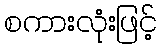
စကားလုံးဖြင့်